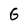
Character: G